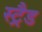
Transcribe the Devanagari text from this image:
स्ट्रैड